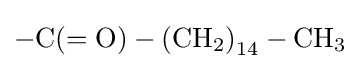
\mathrm {-C(=O)-\left(CH_{2}\right)_{14}-CH_{3}}